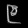
Digit: ၉